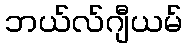
ဘယ်လ်ဂျီယမ်